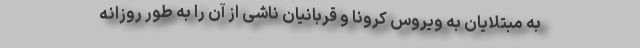
به مبتلایان به ویروس کرونا و قربانیان ناشی از آن را به طور روزانه